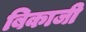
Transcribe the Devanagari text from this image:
बिकाजी